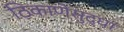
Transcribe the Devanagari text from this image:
ठिकाणेसुद्धा